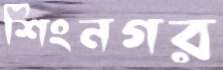
শিংনগর